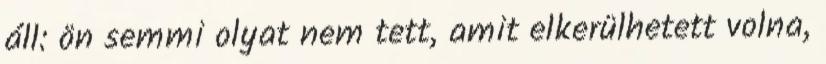
áll: ön semmi olyat nem tett, amit elkerülhetett volna,